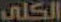
الكلى